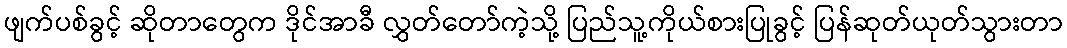
ဖျက်ပစ်ခွင့် ဆိုတာတွေက ဒိုင်အာခီ လွှတ်တော်ကဲ့သို့ ပြည်သူ့ကိုယ်စားပြုခွင့် ပြန်ဆုတ်ယုတ်သွားတာ